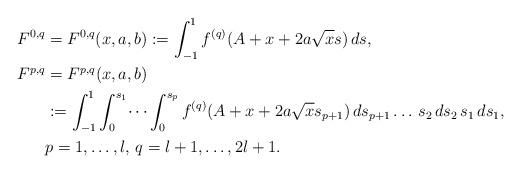
LaTeX: \begin{align*}F^{0,q}&=F^{0,q}(x,a,b):=\int_{-1}^1f^{(q)}(A+x+2a\sqrt{x}s)\,ds,\\F^{p,q}&=F^{p,q}(x,a,b)\\&:=\int_{-1}^1\int_{0}^{s_1}\dots\int_{0}^{s_p}f^{(q)}(A+x+2a\sqrt{x}s_{p+1})\,ds_{p+1}\ldots\,s_2\,ds_2\, s_1\,ds_1,\\&p=1,\dots,l,\,q=l+1,\ldots,2l+1.\end{align*}